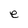
Character: e